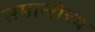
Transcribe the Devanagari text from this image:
समालोच्य